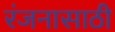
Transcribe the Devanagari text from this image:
रंजनासाठी